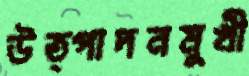
উত্পাদনমুখী